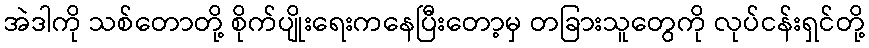
အဲဒါကို သစ်တောတို့ စိုက်ပျိုးရေးကနေပြီးတော့မှ တခြားသူတွေကို လုပ်ငန်းရှင်တို့